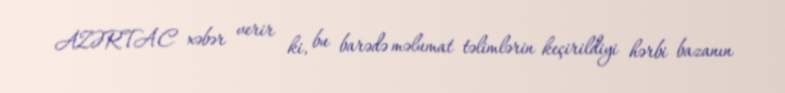
AZƏRTAC xəbər verir ki, bu barədə məlumat təlimlərin keçirildiyi hərbi bazanın